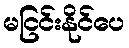
မငြင်းနိုင်ပေ